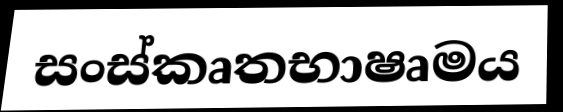
සංස්කෘතභාෂෘමය